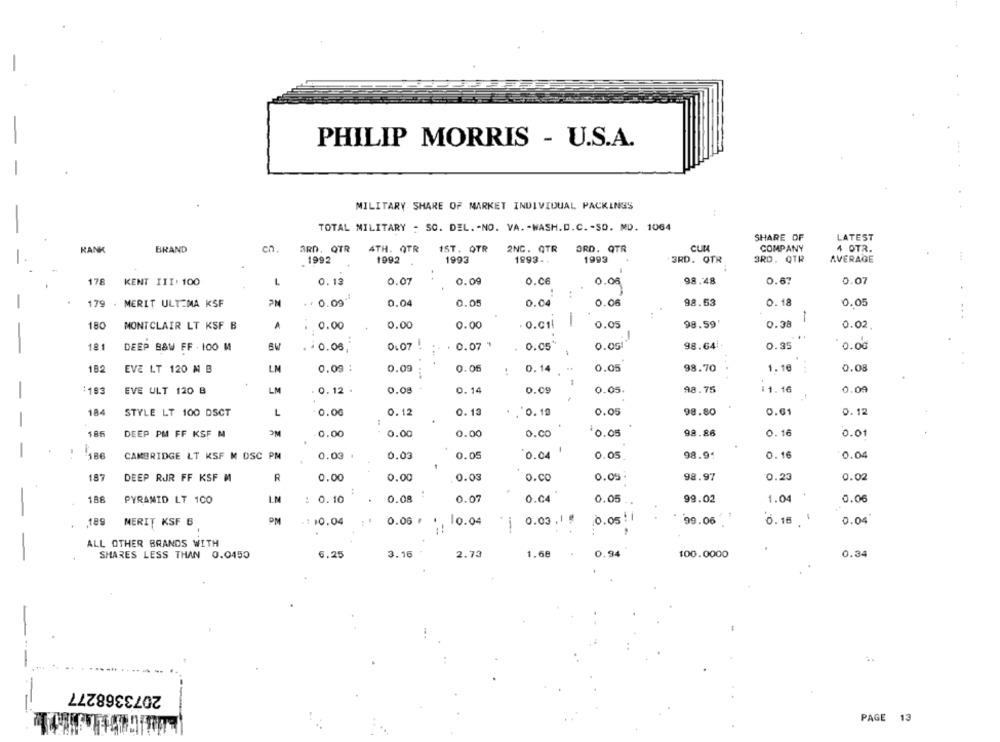
PHILIP MORRIS - U.S.A.
MILITARY SHARE OF MARKET INDIVIDUAL PACKINGS
TOTAL MILITARY - SO. DEL. - NO. VA. - WASH.D.C. - SO. MD. 1064
SHARE OF
LATEST
RANK
BRAND
cn
ARD. QTR
4TH. QTR
1ST. OTR
2NC. QTR
ORD. QTR
CUM
COMPANY
4 OTR.
1992
1992
1993
1993-
1993
3RD. QTR
3RD. QTR
AVERAGE
178
KENT III: 100
L
0.12
0.07
0.09
0.00
0.08
98.48
0.67
0.07
179
. MERIT ULTIMA KSF
PN
. . 0.09"
0.04
0.05
0.04
0.06
98.53
0.18
0.05
1
180
MONTCLAIR LT KSF B
A
0.00
0.00
0.00
. O.C1l
1
0.05
98.59'
0.38
0.02
-
181
DEEP B&W FF . 100 M4
BW
. - 0.06,
0.07 !
.. . 0.07 "
0.05%
0.05
98.64!
0.35
0.00
1
182
EVE LT 120 M B
LM
0.09 :
0.09
0.05
0.14 .
0.05
98.70
1.16
0.08
...
:183
EVE ULT 120 B
LM
. 0.12 .
0.08
0.14
0.09
0.05
98.75
:1.16
0.04
184
STYLE LT 100 DSCT
L
0.00
0.12
0.13
. 0. 19
0.05
98.80
0.61
0.12
-
186
DEEP PM FF KSF M
OM
-0.00
0.00
0.00
o.co
$0.05
98.86
0.16
0.01
-
-
186
CAMBRIDGE LT KSF M DSC PM
0.03 .
0.03
0.05
0.04
0.05
98.9
0.16
0.04
187
DEEP RUR FF KSF M
R
0.00
0.00
0.03
o.co
0.05
98.97
0.23
0.02
0.06
188
PYRAMID LT 100
LN
: 0.10
0.08
0.07
0.04
0.05
99.02
1.04
PM
..
0.05 : 1
189
MERIT KSF 6
-1 10.04
0.06 F
10.04
1
0.03 .1 #
99.06
0.16 :
0.04
ALL OTHER BRANDS WITH
SHARES LESS THAN 0.0450
6.25
3.16
2.73
1.68
0.94
100.0000
0.34
2073368277
PAGE 13